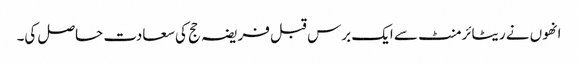
انھوں نے ریٹائرمنٹ سے ایک برس قبل فریضہ حج کی سعادت حاصل کی۔